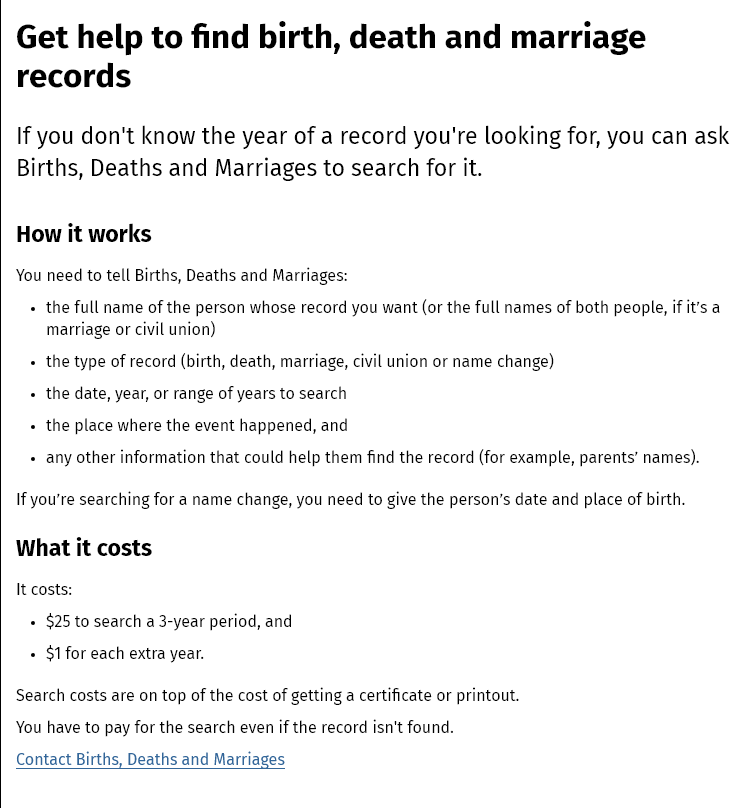
Get  help    to find    birth,    death    and    marriage
   records
   If you don't  know   the year of  a  record  you're  looking for,  you  can  ask
   Births, Deaths   and  Marriages    to search for it.
   How it  works
  You need to tell Births, Deaths and Marriages:
     the full name of the person whose record you want (or the full names of both people, if it’s a
     marriage or civil union)
     the type of record (birth, death, marriage, civil union or name change)
     the date, year, or range of years to search
     the place where the event happened, and
     any other information that could help them find the record (for example, parents’ names).
   If you're searching for a name change, you need to give the person's date and place of birth.
  What  it  costs
   It costs:
    +
     §25 to search a 3-year period, and
    +
     $1 for each extra year.
  Search costs are on top of the cost of getting a certificate or printout.
  You have to pay for the search even if the record isn't found.
  Contact Births, Deaths and Marriages